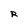
Character: R